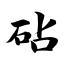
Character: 砧